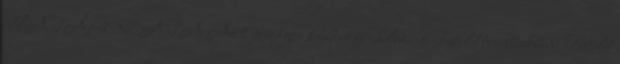
HATÁROZATA Az Országos Rádió és Televízió Testület továbbiakban: Testület